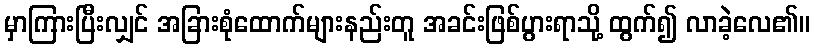
မှာကြားပြီးလျှင် အခြားစုံထောက်များနည်းတူ အခင်းဖြစ်ပွားရာသို့ ထွက်၍ လာခဲ့လေ၏။